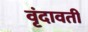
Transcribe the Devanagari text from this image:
वृंदावती